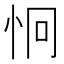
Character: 𪫪